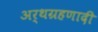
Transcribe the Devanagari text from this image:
अर्थग्रहणादी